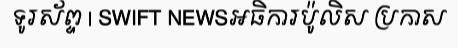
ទូរស័ព្ទ | SWIFT NEWSអធិការប៉ូលិស ប្រកាស